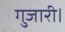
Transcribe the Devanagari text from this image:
गुजारी।